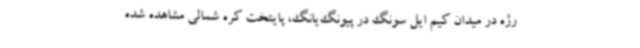
رژه در میدان کیم ایل سونگ در پیونگ‌یانگ، پایتخت کره شمالی مشاهده شده